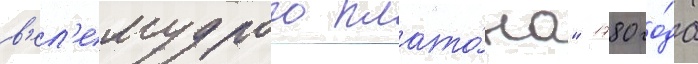
в'ел'емудрого плато́на" 1780 го́да